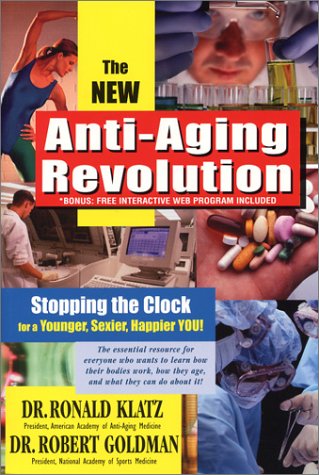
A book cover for The New Anti-Aging Revolution: Stopping the Clock for a Younger, Sexier, Happier You; Ronald Klatz; Health, Fitness & Dieting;